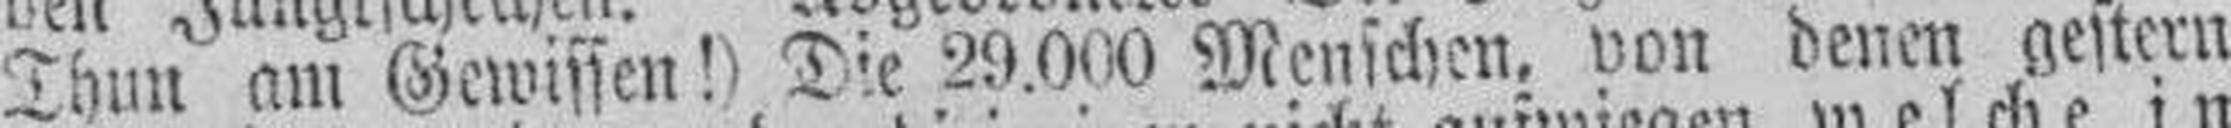
Thun am Gewissen!) Die 29.000 Menschen, von denen gestern